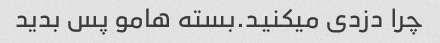
چرا دزدی میکنید.بسته هامو پس بدید